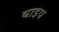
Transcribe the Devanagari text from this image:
वाइप